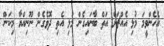
އެހެންވީމަ މުޅި އެއްޗަށް އަތް ބާނައިގެން މުޅި އެތި ދޮވެގެން ނޫނިއްޔާ މިކަން